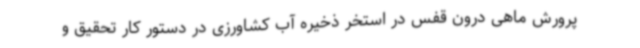
پرورش ماهی درون قفس در استخر ذخیره آب کشاورزی در دستور کار تحقیق و